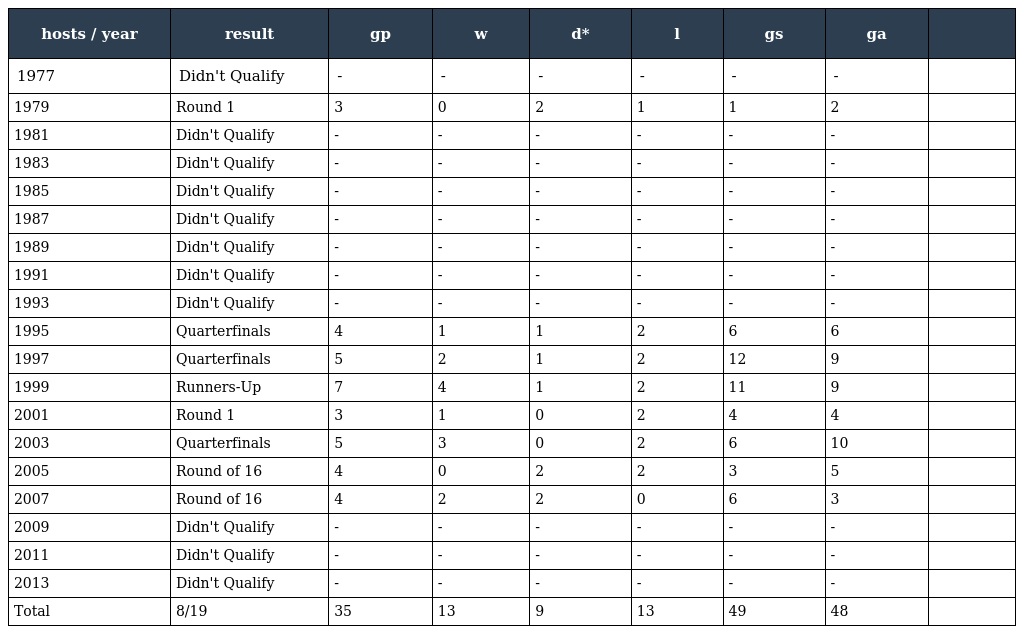
| hosts / year | result | gp | w | d* | l | gs | ga |  |
 | --- | --- | --- | --- | --- | --- | --- | --- | --- |
 | 1977 | Didn't Qualify | - | - | - | - | - | - |  |
 | 1979 | Round 1 | 3 | 0 | 2 | 1 | 1 | 2 |  |
 | 1981 | Didn't Qualify | - | - | - | - | - | - |  |
 | 1983 | Didn't Qualify | - | - | - | - | - | - |  |
 | 1985 | Didn't Qualify | - | - | - | - | - | - |  |
 | 1987 | Didn't Qualify | - | - | - | - | - | - |  |
 | 1989 | Didn't Qualify | - | - | - | - | - | - |  |
 | 1991 | Didn't Qualify | - | - | - | - | - | - |  |
 | 1993 | Didn't Qualify | - | - | - | - | - | - |  |
 | 1995 | Quarterfinals | 4 | 1 | 1 | 2 | 6 | 6 |  |
 | 1997 | Quarterfinals | 5 | 2 | 1 | 2 | 12 | 9 |  |
 | 1999 | Runners-Up | 7 | 4 | 1 | 2 | 11 | 9 |  |
 | 2001 | Round 1 | 3 | 1 | 0 | 2 | 4 | 4 |  |
 | 2003 | Quarterfinals | 5 | 3 | 0 | 2 | 6 | 10 |  |
 | 2005 | Round of 16 | 4 | 0 | 2 | 2 | 3 | 5 |  |
 | 2007 | Round of 16 | 4 | 2 | 2 | 0 | 6 | 3 |  |
 | 2009 | Didn't Qualify | - | - | - | - | - | - |  |
 | 2011 | Didn't Qualify | - | - | - | - | - | - |  |
 | 2013 | Didn't Qualify | - | - | - | - | - | - |  |
 | Total | 8/19 | 35 | 13 | 9 | 13 | 49 | 48 |  |